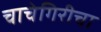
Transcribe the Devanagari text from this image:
चाचेगिरीचा